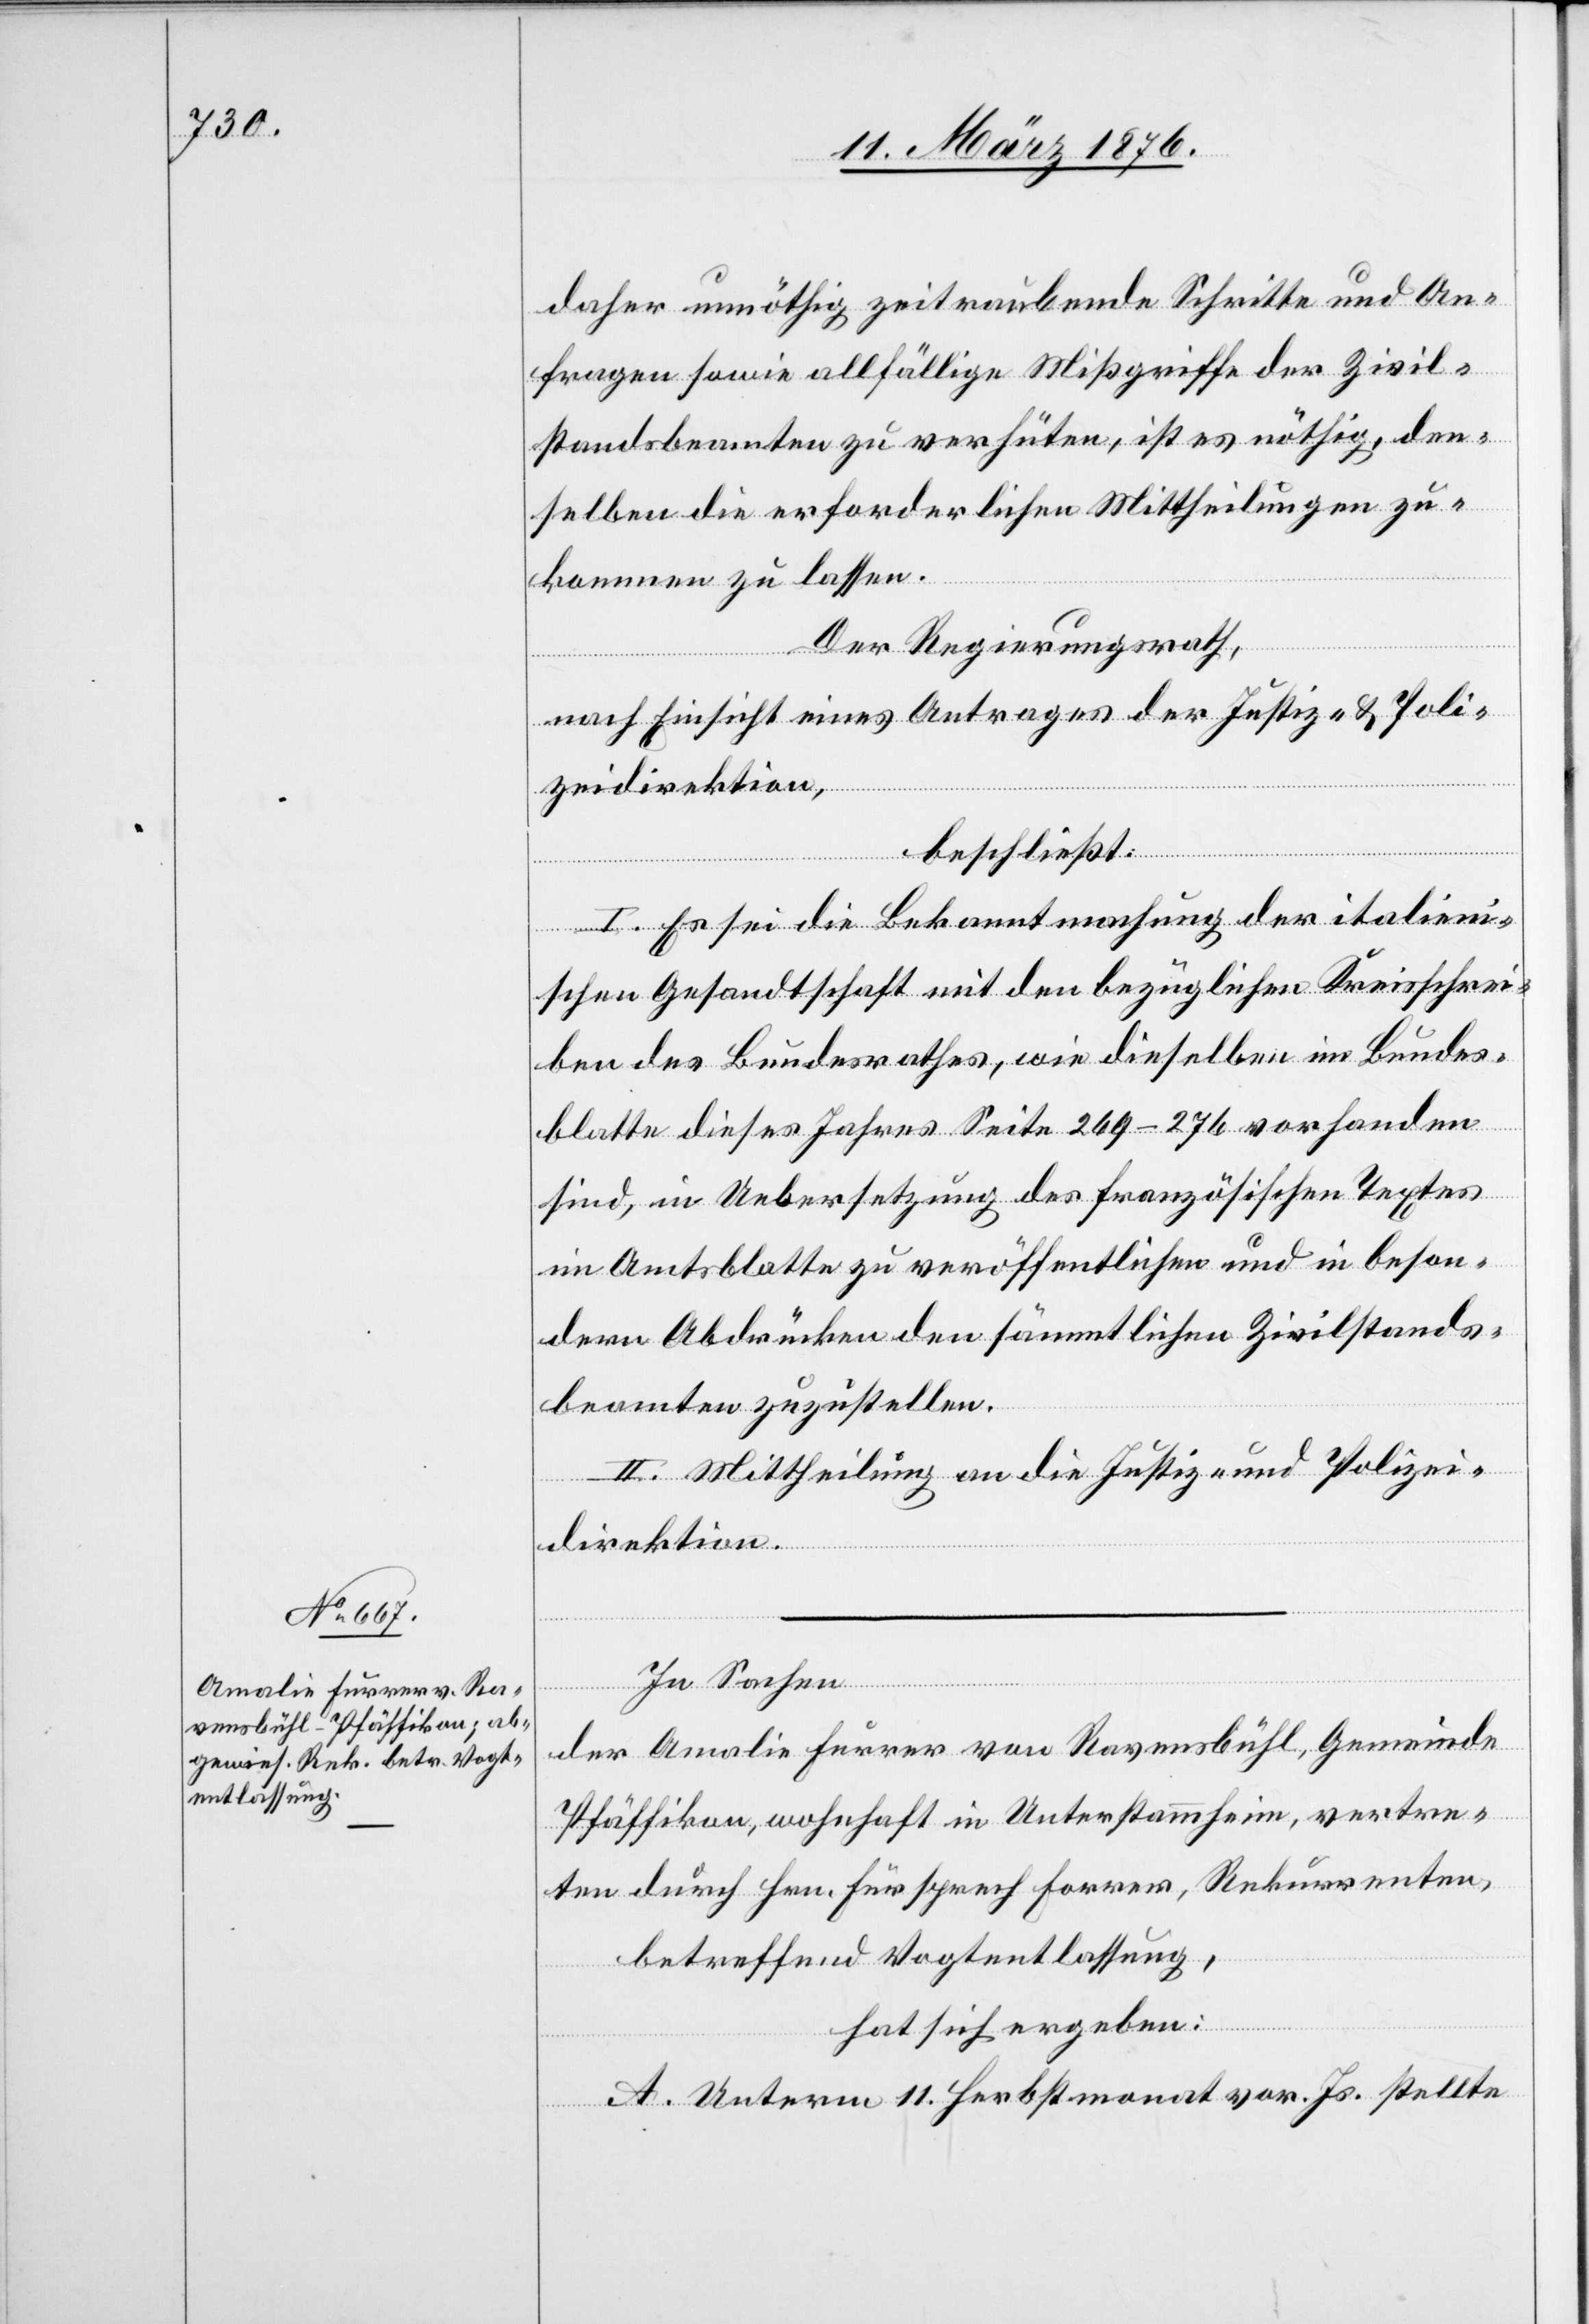
daher unnöthig zeitraubende Schritte und An¬
fragen sowie allfällige Mißgriffe der Zivil¬
standsbeamten zu verhüten, ist es nöthig, den¬
selben die erforderlichen Mittheilungen zu¬
kommen zu lassen.
Der Regierungsrath,
nach Einsicht eines Antrages der Justiz- & Poli¬
zeidirektion,
beschließt:
I. Es sei die Bekanntmachung der italieni¬
schen Gesandtschaft mit den bezüglichen Kreisschrei¬
ben des Bundesrathes, wie dieselben im Bundes¬
blatte dieses Jahres Seite 269–276 vorhanden
sind, in Uebersetzung des französischen Textes
im Amtsblatte zu veröffentlichen und in beson¬
dern Abdrücken den sämmtlichen Zivilstands¬
beamten zuzustellen.
II. Mittheilung an die Justiz- und Polizei¬
direktion.
In Sachen
der Amalie Furrer von Ravensbühl, Gemeinde
Pfäffikon, wohnhaft in Unterstammheim, vertre¬
ten durch Hrn. Fürsprech Forrer, Rekurrenten,
betreffend Vogtentlassung,
hat sich ergeben:
A. Unterm 11. Herbstmonat vor. Js. stellte